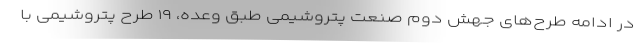
در ادامه طرح‌های جهش دوم صنعت پتروشیمی طبق وعده، ۱۹ طرح پتروشیمی با